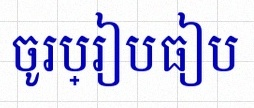
ចូរប្រៀបធៀប